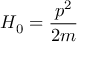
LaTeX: H _ { 0 } = { \frac { p ^ { 2 } } { 2 m } }